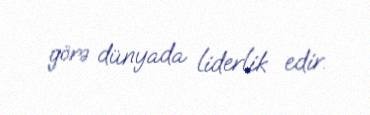
görə dünyada liderlik edir.